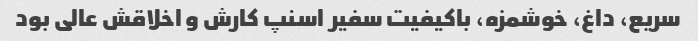
سریع، داغ، خوشمزه، باکیفیت سفیر اسنپ کارش و اخلاقش عالی بود